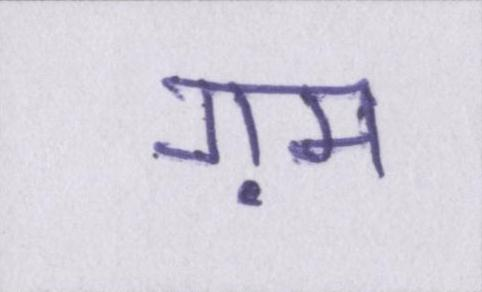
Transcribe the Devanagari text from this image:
ग़म